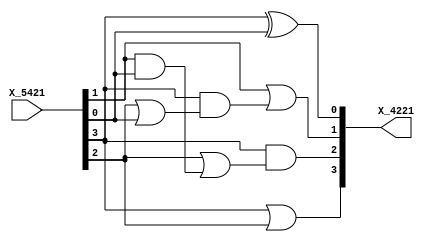
`timescale 1ns / 1ps
//////////////////////////////////////////////////////////////////////////////////
// Company: 
// Engineer: 
// 
// Design Name: 
// Module Name: BCD5421to4221
// Project Name: 
// Target Devices: 
// Tool Versions: 
// Description: 
// 
// Dependencies: 
// 
// Revision:
// Revision 0.01 - File Created
// Additional Comments:
// 
//////////////////////////////////////////////////////////////////////////////////


module BCD5421to4221(
    input [3:0] X_5421,
    output [3:0] X_4221
    );
       
assign X_4221[3] = X_5421[3] | X_5421[2];
assign X_4221[2] = X_5421[3] & (X_5421[2] | (X_5421[1] & X_5421[0]));
assign X_4221[1] = X_5421[1] | (X_5421[3] & (X_5421[2] | X_5421[0]));
assign X_4221[0] = X_5421[3] ^ X_5421[0];

endmodule